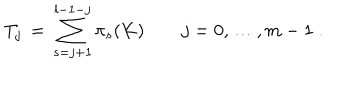
T _ { j } \, = \, \sum _ { s = j + 1 } ^ { l - 1 - j } \pi _ { s } ( K ) \qquad j = 0 , \ldots , m - 1 \; .